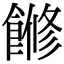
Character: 𩝧